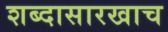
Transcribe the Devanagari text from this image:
शब्दासारखाच